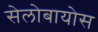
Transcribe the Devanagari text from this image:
सेलोबायोस